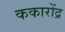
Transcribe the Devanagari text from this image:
ककारोंद्र